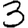
Digit: 3